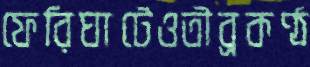
ফেরিঘাটেওতীব্রকণ্ঠ